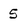
Character: 5